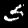
Label: 5